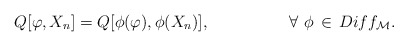
\begin{align*} Q[\varphi,X_{n}]=Q[\phi(\varphi),\phi(X_{n})], \hspace{2cm} \forall\ \phi\,\in\,Diff_{\cal M}.\end{align*}